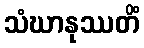
သံဃာနုဿတိံ